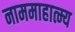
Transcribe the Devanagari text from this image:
नाममाहात्म्य